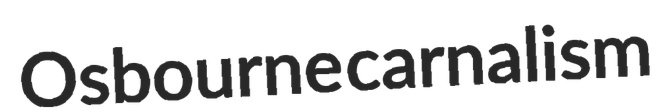
Osbourne carnalism